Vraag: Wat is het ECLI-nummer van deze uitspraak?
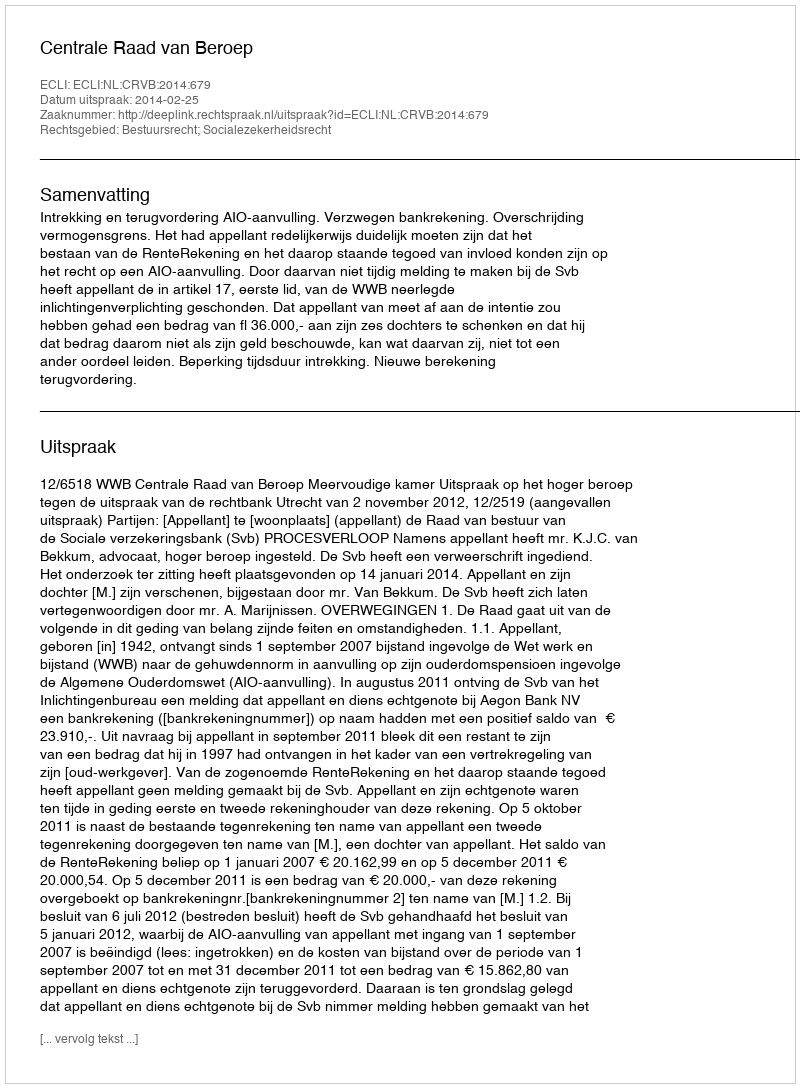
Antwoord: ECLI:NL:CRVB:2014:679